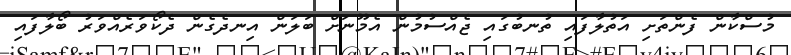
މުސްކާން ފެންތަށި އަތުލާފައި ތުނބުގައި ޖެއްސުމުން އެމޫނަށް ބަލަން އިނދެގެން ދެކޯވަރެއްވަރު ބޯލާފައި